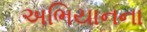
અભિયાનના